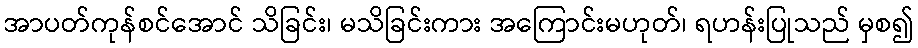
အာပတ်ကုန်စင်အောင် သိခြင်း၊ မသိခြင်းကား အကြောင်းမဟုတ်၊ ရဟန်းပြုသည် မှစ၍